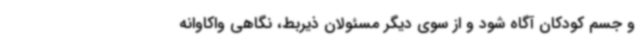
و جسم کودکان آگاه شود و از سوی دیگر مسئولان ذیربط، نگاهی واکاوانه